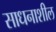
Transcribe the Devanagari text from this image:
साधनाशील